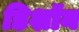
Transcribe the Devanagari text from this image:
डिशॉन